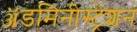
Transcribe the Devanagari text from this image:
ॲडमिनीस्ट्रेशन